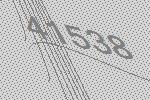
41538